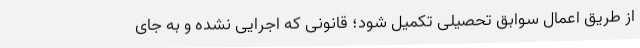
از طریق اعمال سوابق تحصیلی تکمیل شود؛ قانونی که اجرایی نشده و به جای